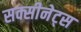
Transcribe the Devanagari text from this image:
सक्सीनेट्स